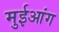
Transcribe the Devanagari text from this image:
मुईआंग